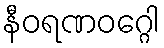
နီဝရဏဝဂ္ဂေါ